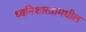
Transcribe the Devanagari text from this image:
ध्वनिशास्त्रामधील